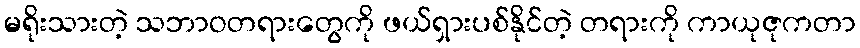
မရိုးသားတဲ့ သဘာဝတရားတွေကို ဖယ်ရှားပစ်နိုင်တဲ့ တရားကို ကာယုဇုကတာ